Problem: 33 + 5 = ?
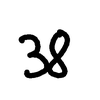
Handwritten answer: 38